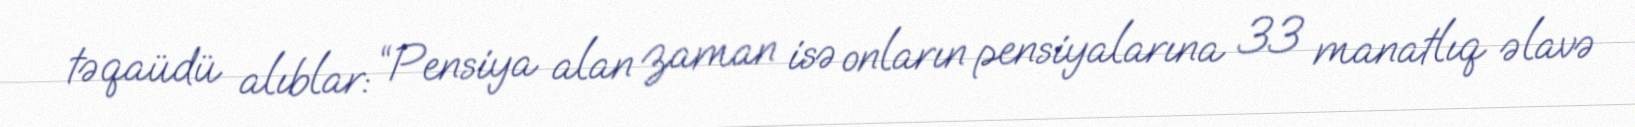
təqaüdü alıblar: “Pensiya alan zaman isə onların pensiyalarına 33 manatlıq əlavə